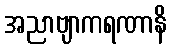
အညာဗျာကရဏာနိ